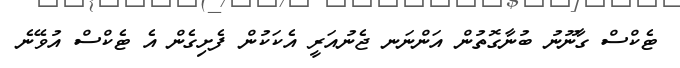
ޓެކްސް ގާނޫނު ބުނާގޮތުން އަންނަނ ޖެނުއަރީ އެކަކުން ފެށިގެން އެ ޓެކްސް އުވޭނެ